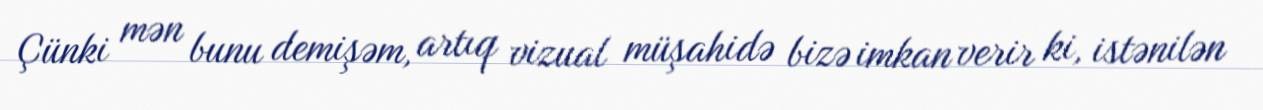
Çünki mən bunu demişəm, artıq vizual müşahidə bizə imkan verir ki, istənilən